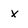
Character: x